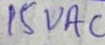
Text: 15VAC